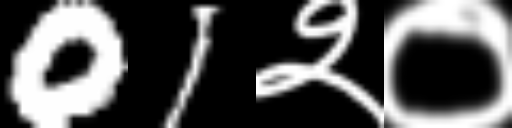
Text: 01२०